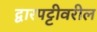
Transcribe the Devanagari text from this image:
द्वारपट्टीवरील